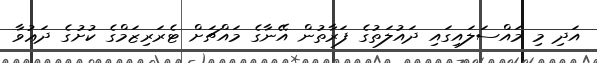
އަދި މި މައްސަލައިގައި ދައުލަތުގެ ފަރާތުން އޭނާގެ މައްޗަށް ޓެރަރިޒަމްގެ ކުށުގެ ދަޢުވާ